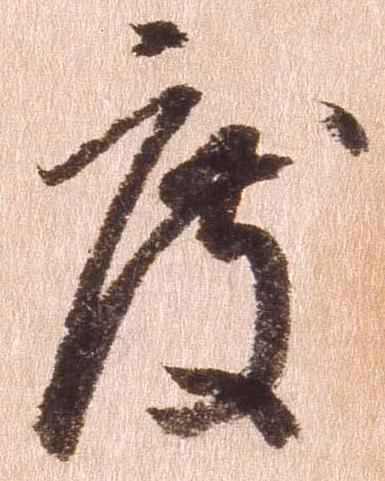
度